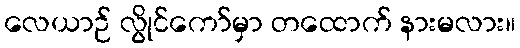
လေယာဉ် လွိုင်ကော်မှာ တထောက် နားမလား။